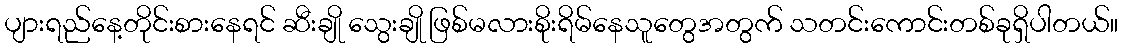
ပျားရည်နေ့တိုင်းစားနေရင် ဆီးချို သွေးချို ဖြစ်မလားစိုးရိမ်နေသူတွေအတွက် သတင်းကောင်းတစ်ခုရှိပါတယ်။